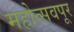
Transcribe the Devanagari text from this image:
महोत्सवपूर